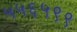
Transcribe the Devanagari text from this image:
५५६५९९